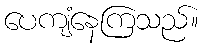
ပေကျံနေကြသည်။